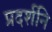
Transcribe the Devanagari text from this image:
प्रदर्शनि